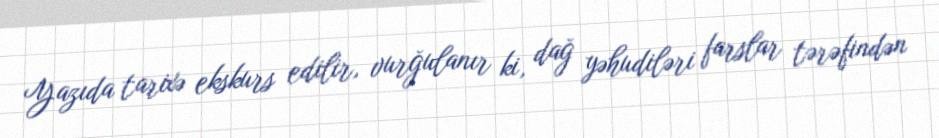
Yazıda tarixə ekskurs edilir, vurğulanır ki, dağ yəhudiləri farslar tərəfindən